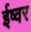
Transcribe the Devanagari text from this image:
ईष्वर